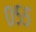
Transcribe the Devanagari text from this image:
०५५